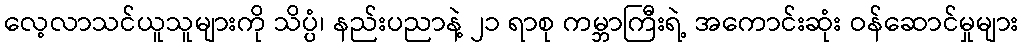
လေ့လာသင်ယူသူများကို သိပ္ပံ၊ နည်းပညာနဲ့ ၂၁ ရာစု ကမ္ဘာကြီးရဲ့ အကောင်းဆုံး ဝန်ဆောင်မှုများ